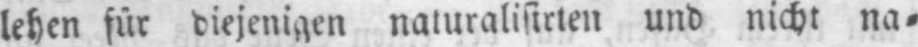
lehen für diejenigen naturalisirten und nicht na⸗